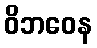
ဝိဘဝေန